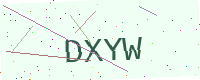
Text: DXYW